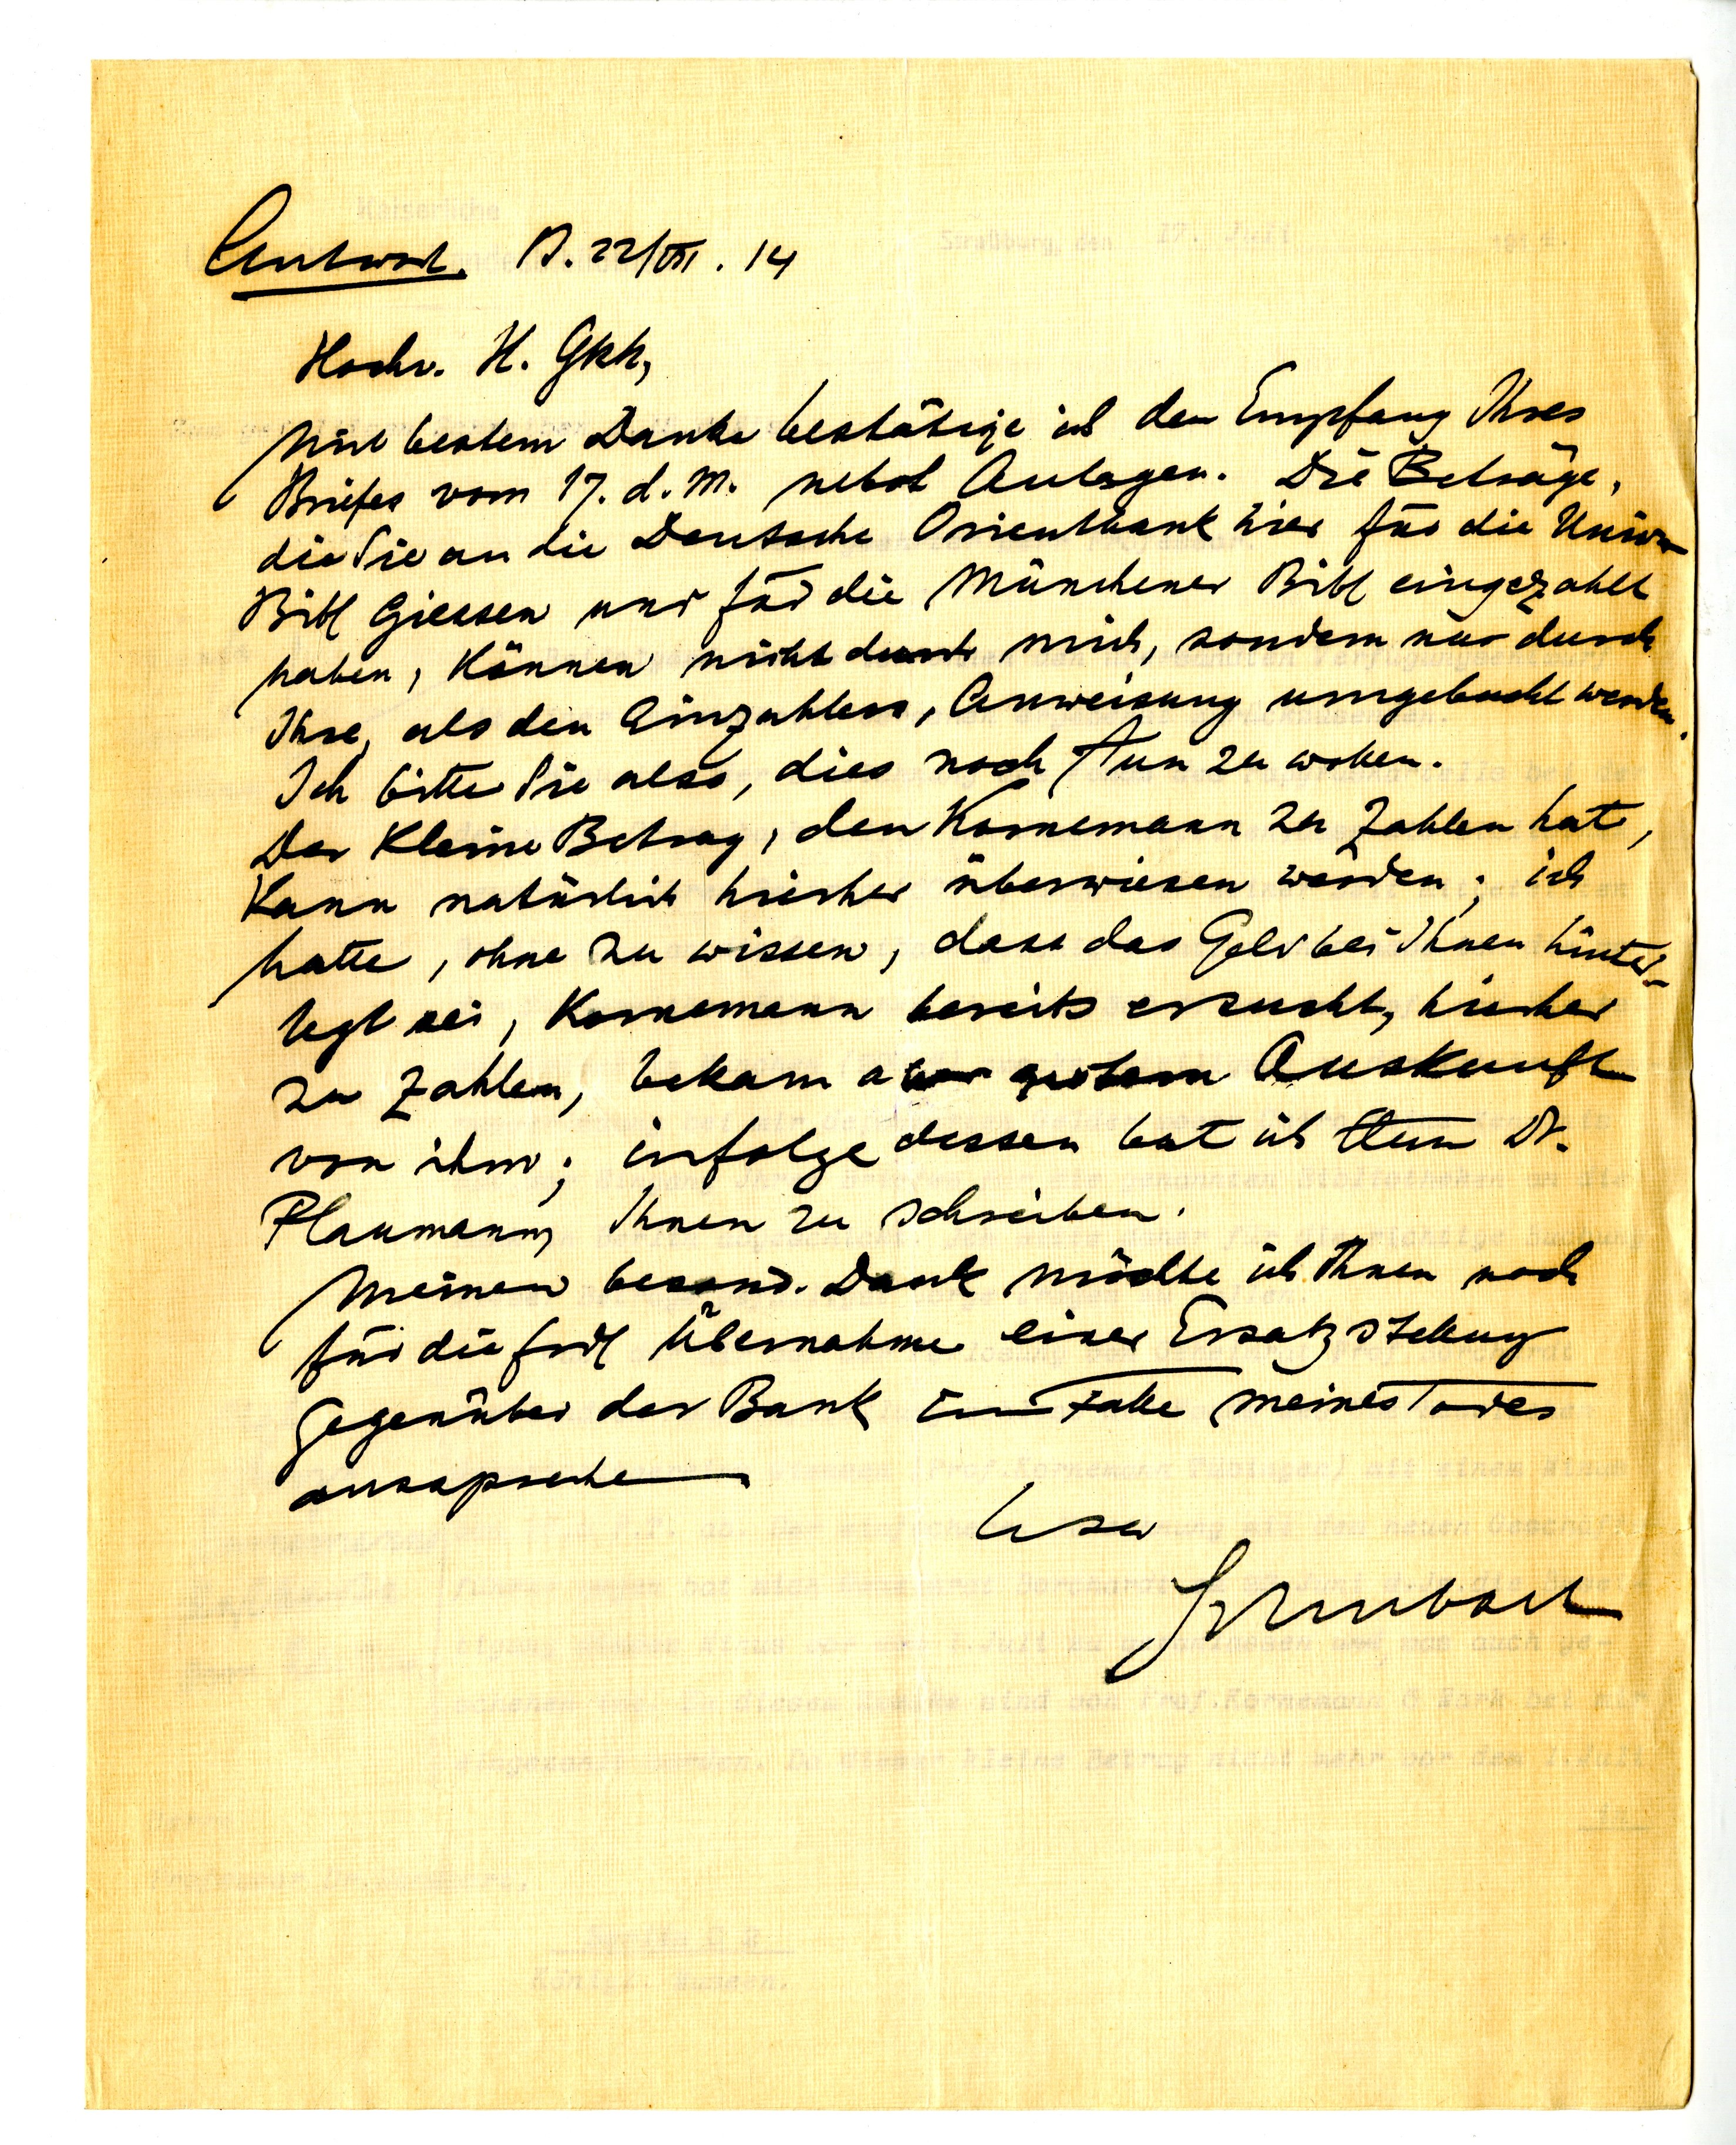
Antwort
B. 22/VII 14.
Hochv. H. GRR,
mit bestem Danke bestätige ich den Empfang Ihres
Briefes vom 17. d. M. nebst Anlagen. Die Beträge,
die Sie an die Deutsche Orientbank hier für die Univ
Bibl Giessen und für die Münchner Bibl eingezahlt
haben, können nicht durch mich, sondern nur durch
Ihre, als den Einzahler, Anweisung umgebucht werden.
Ich bitte Sie also, dies noch tun zu wollen.
Der kleine Betrag, den Kornemann zu zahlen hat,
kann natürlich hierher überwiesen werden; ich
hatte, ohne zu wissen, dass das Geld bei Ihnen hinter¬
legt sei, Kornemann bereits ersucht, hierher
zu zahlen, bekam aber gestern Auskunft
von ihm; infolge dessen bat ich Herrn Dr.
Plaumann, Ihnen zu schreiben.
Meinen besond. Dank möchte ich Ihnen noch
für die frdl Übernahme einer Ersatzstellung
gegenüber der Bank im Falle meines Todes
aussprechen.
usw
Schubart